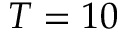
T = 1 0